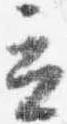
立